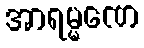
အာရမ္မဏေ